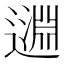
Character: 𨖳